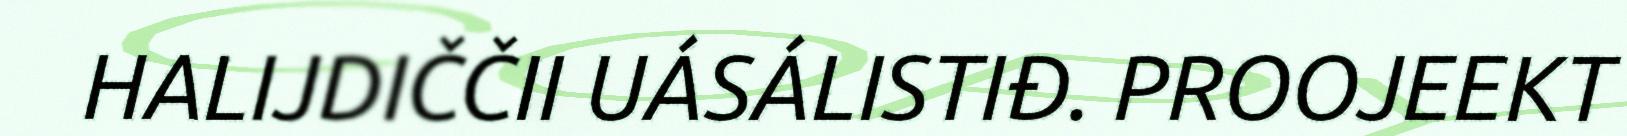
HALIJDIČČII UÁSÁLISTIĐ. PROOJEEKT